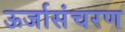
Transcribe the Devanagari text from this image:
ऊर्जासंचरण